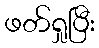
ဖတ်ရှုပြီး